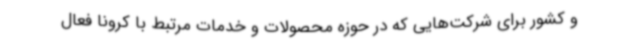
و کشور برای شرکت‌هایی که در حوزه محصولات و خدمات مرتبط با کرونا فعال